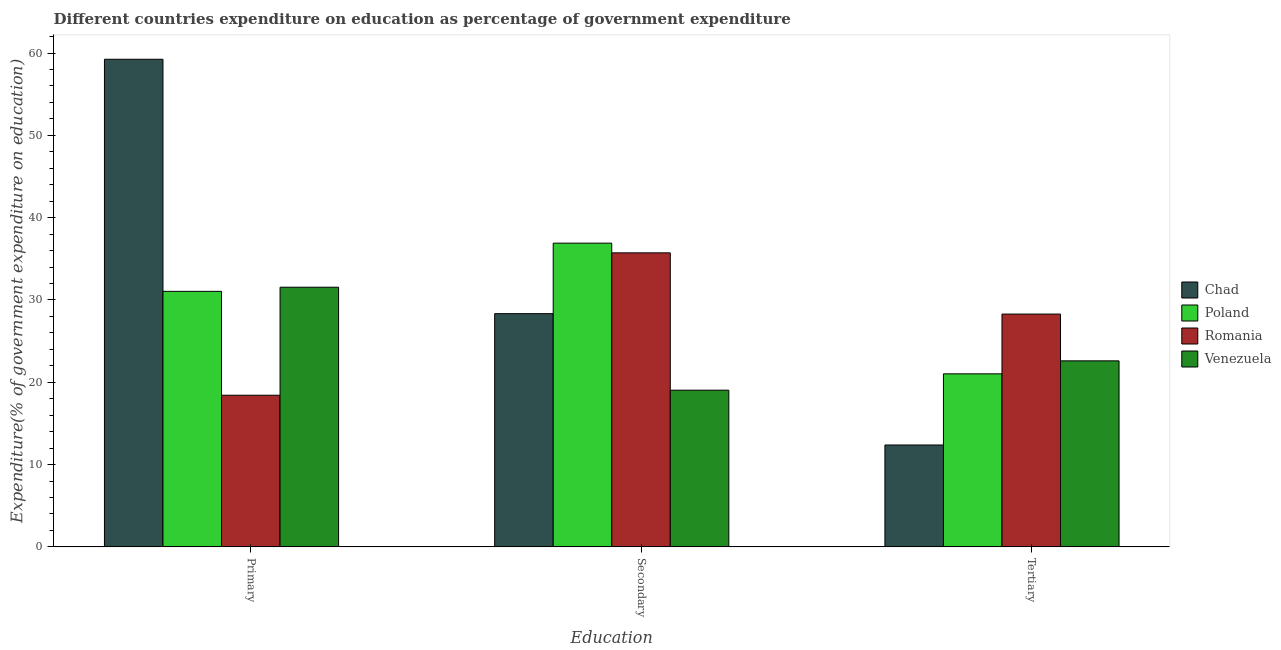
| Education | Chad | Poland | Romania | Venezuela |
 | --- | --- | --- | --- | --- |
 | Primary | 59.2 | 31 | 18.4 | 31.5 |
 | Secondary | 28.3 | 36.9 | 35.7 | 19 |
 | Tertiary | 12.4 | 21 | 28.3 | 22.6 |